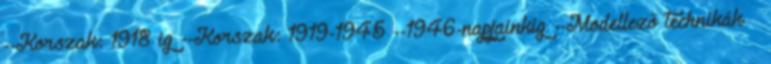
--Korszak: 1918 ig --Korszak: 1919-1945 --1946-napjainkig --Modellező technikák